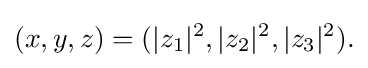
(x,y,z)=(|z_{1}|^{2},|z_{2}|^{2},|z_{3}|^{2}).\,\!